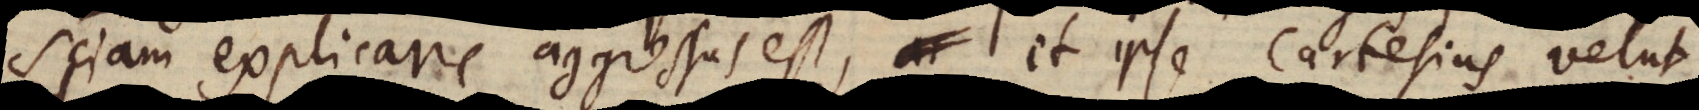
sciam explicare aggressus est, et ipse Cartesius velut